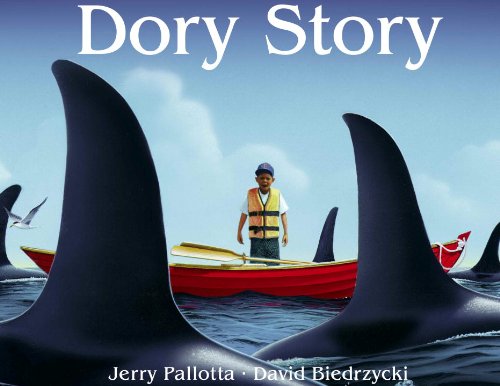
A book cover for Dory Story; Jerry Pallotta; Children's Books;